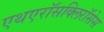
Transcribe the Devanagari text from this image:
एथएरॉसक्लिरॉसेस